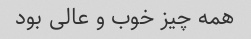
همه چیز خوب و عالی بود